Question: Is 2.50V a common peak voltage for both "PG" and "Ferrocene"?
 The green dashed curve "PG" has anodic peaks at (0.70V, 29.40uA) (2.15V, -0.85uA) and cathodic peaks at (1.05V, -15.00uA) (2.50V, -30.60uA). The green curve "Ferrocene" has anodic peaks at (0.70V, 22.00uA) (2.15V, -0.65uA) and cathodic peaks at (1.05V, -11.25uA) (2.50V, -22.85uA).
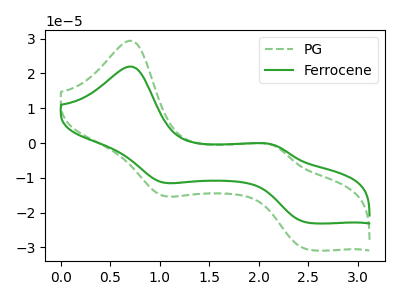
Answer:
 <answer>Yes, "PG" and "Ferrocene" share a peak at 2.50V.</answer>
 <eval>match</eval>